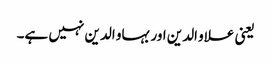
یعنی علاو الدین اور بہاو الدین نہیں ہے۔